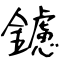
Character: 鑢